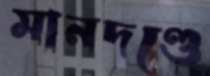
মানদণ্ডে